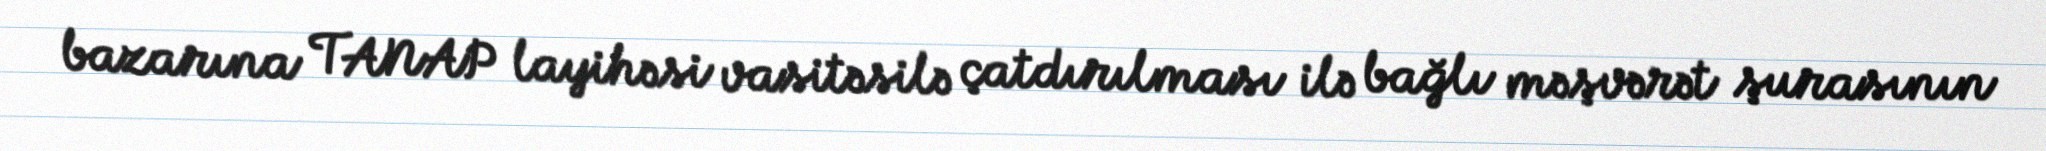
bazarına TANAP layihəsi vasitəsilə çatdırılması ilə bağlı məşvərət şurasının